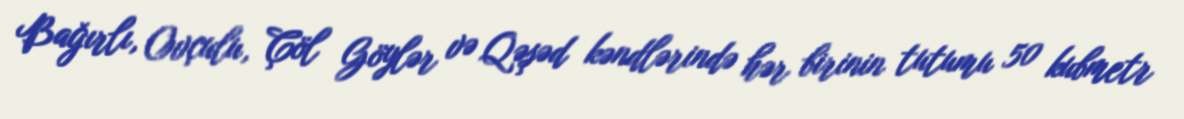
Bağırlı, Ovçulu, Çöl Göylər və Qəşəd kəndlərində hər birinin tutumu 50 kubmetr